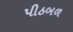
પીઠબળ